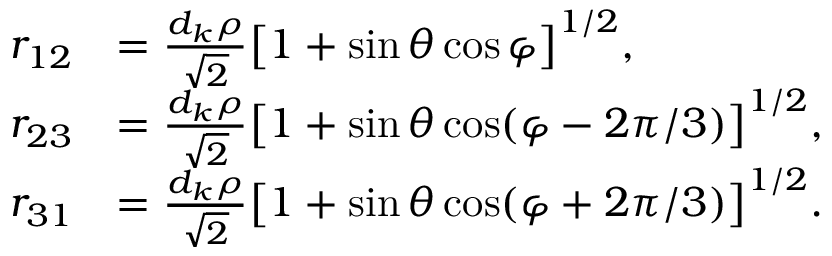
\begin{array} { r l } { r _ { 1 2 } } & { = \frac { d _ { k } \rho } { \sqrt { 2 } } \big [ 1 + \sin \theta \cos \varphi \big ] ^ { 1 / 2 } , } \\ { r _ { 2 3 } } & { = \frac { d _ { k } \rho } { \sqrt { 2 } } \big [ 1 + \sin \theta \cos ( \varphi - 2 \pi / 3 ) \big ] ^ { 1 / 2 } , } \\ { r _ { 3 1 } } & { = \frac { d _ { k } \rho } { \sqrt { 2 } } \big [ 1 + \sin \theta \cos ( \varphi + 2 \pi / 3 ) \big ] ^ { 1 / 2 } . } \end{array}